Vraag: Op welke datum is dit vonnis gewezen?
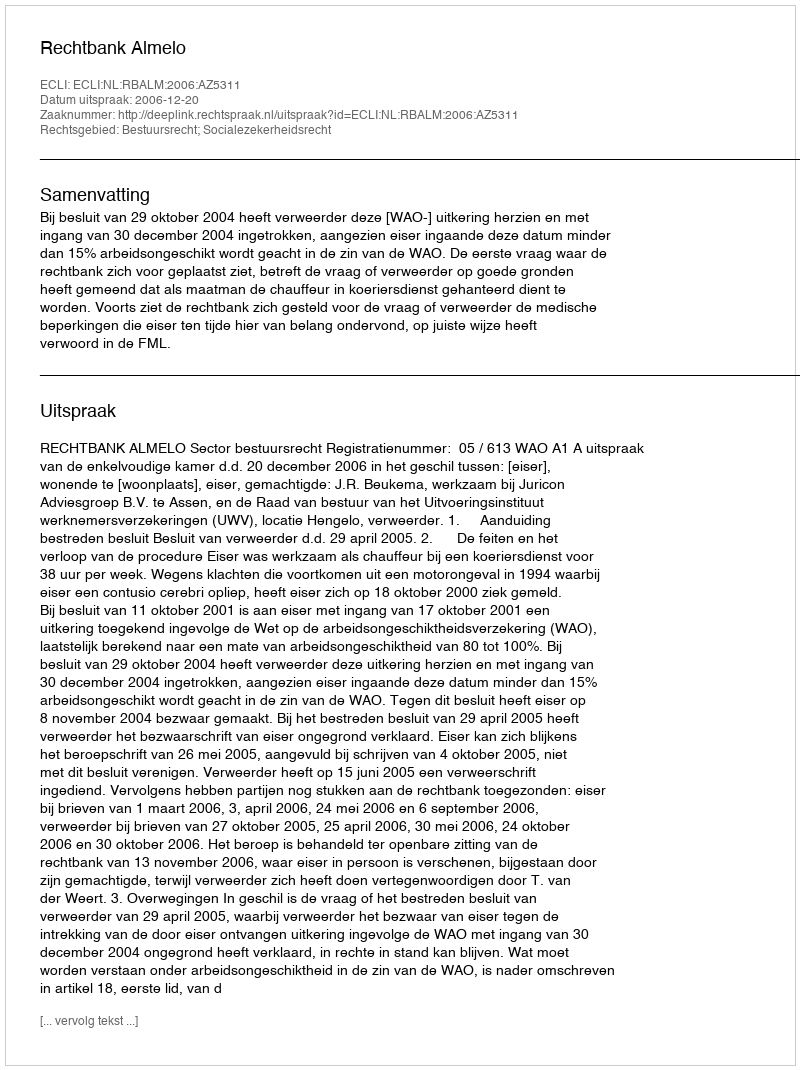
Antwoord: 2006-12-20